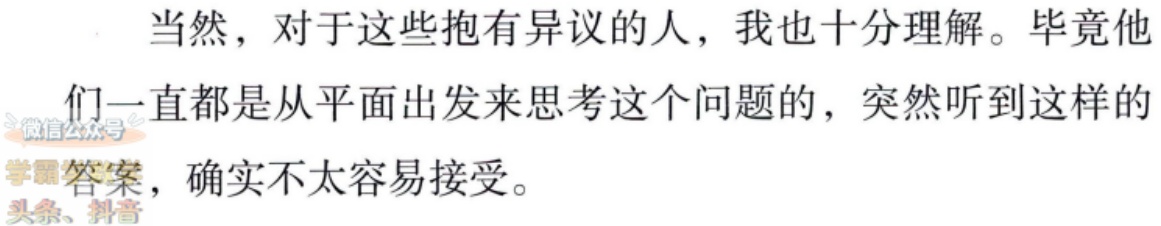
当然，对于这些抱有异议的人，我也十分理解。毕竟他们一直都是从平面出发来思考这个问题的，突然听到这样的答案，确实不太容易接受。